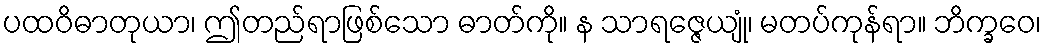
ပထဝိဓာတုယာ၊ ဤတည်ရာဖြစ်သော ဓာတ်ကို။ န သာရဇ္ဇေယျုံ၊ မတပ်ကုန်ရာ။ ဘိက္ခဝေ၊